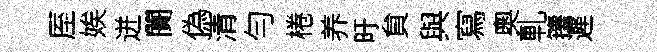
厔娭迸闠偽清勻棬养旴貟與寫奧軋籜遲